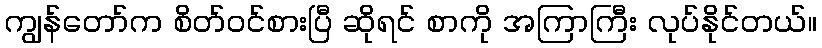
ကျွန်တော်က စိတ်ဝင်စားပြီ ဆိုရင် စာကို အကြာကြီး လုပ်နိုင်တယ်။